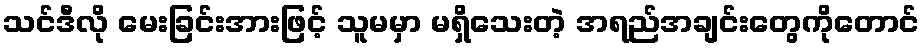
သင်ဒီလို မေးခြင်းအားဖြင့် သူမမှာ မရှိသေးတဲ့ အရည်အချင်းတွေကိုတောင်